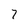
Character: 7